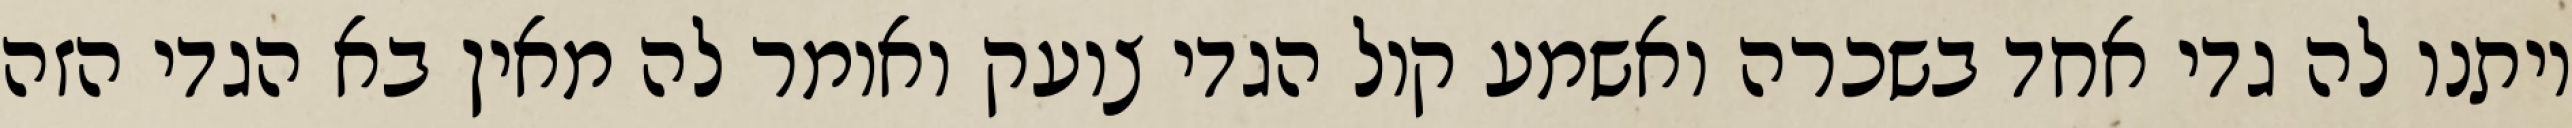
ויתנו לה גדי אחד בשכרה ואשמע קול הגדי צועק ואומר לה מאין בא הגדי הזה